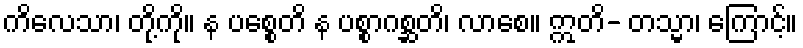
ကိလေသာ၊ တို့ကို။ န ပစ္စေတိ န ပစ္စာဂစ္ဆတိ၊ လာစေ။ ဣတိ- တသ္မာ၊ ကြောင့်။